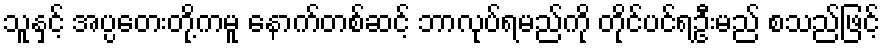
သူနှင့် အပ္ပတေးတို့ကမူ နောက်တစ်ဆင့် ဘာလုပ်ရမည်ကို တိုင်ပင်ရဦးမည် စသည်ဖြင့်